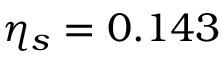
\eta _ { s } = 0 . 1 4 3